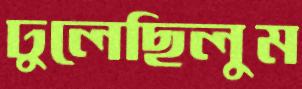
ঢুলেছিলুম